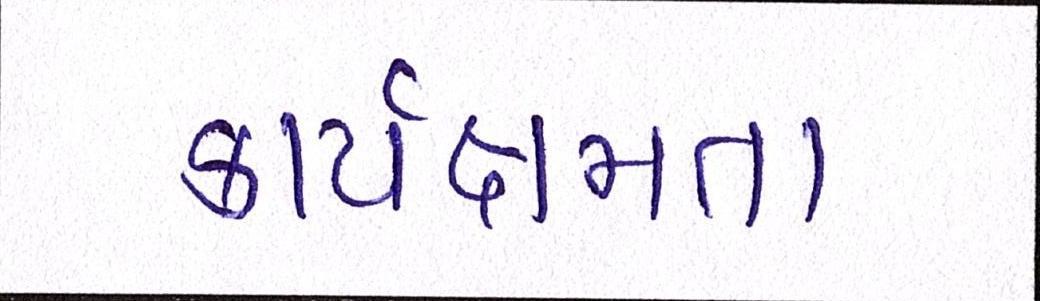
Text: કાર્યક્ષમતા